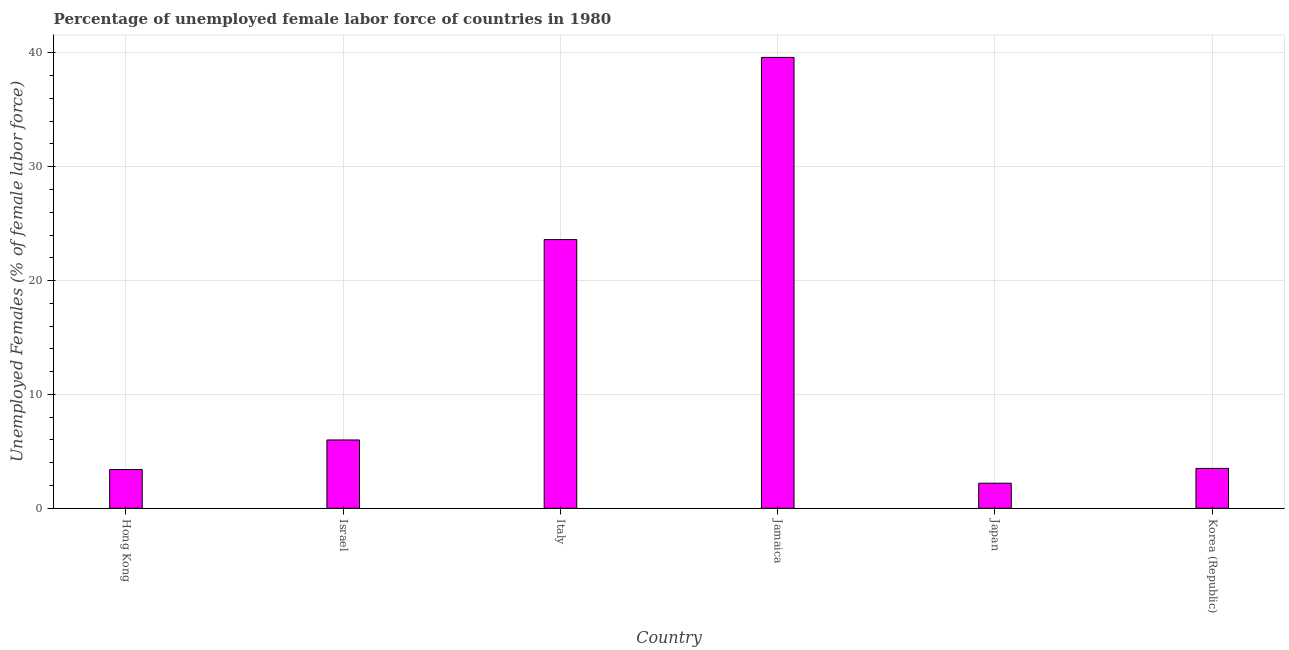
| Country | Unemployment female |
 | --- | --- |
 | Hong Kong | 3.4 |
 | Israel | 6 |
 | Italy | 23.6 |
 | Jamaica | 39.6 |
 | Japan | 2.2 |
 | Korea (Republic) | 3.5 |